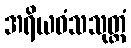
အရိယဝံသသုတ္တံ